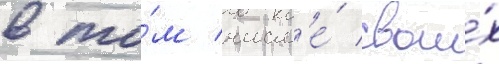
в то́м числ'е́ свои́х